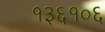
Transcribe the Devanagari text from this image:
१३६१०६